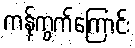
ကန့်ကွက်ကြောင်း